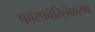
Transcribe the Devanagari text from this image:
फॉस्फोरिलेकरण